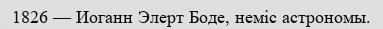
1826 — Иоганн Элерт Боде, неміс астрономы.